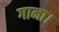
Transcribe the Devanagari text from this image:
गाना।